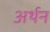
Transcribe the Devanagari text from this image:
अर्थन